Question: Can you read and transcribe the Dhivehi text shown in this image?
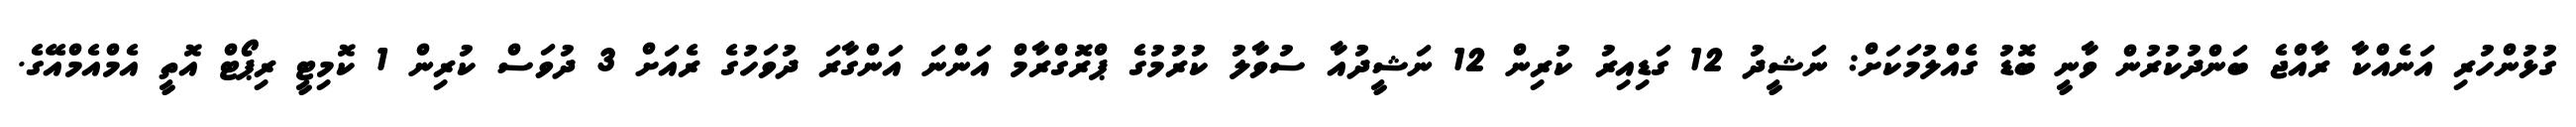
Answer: ގުޅުންހުރި އަނެއްކާ ރާއްޖެ ބަންދުކުރުން ވާނީ ބޮޑު ގެއްލުމަކަށް: ނަޝީދު 12 ގަޑިއިރު ކުރިން 12 ނަޝީދުއާ ސުވާލު ކުރުމުގެ ޕްރޮގްރާމް އަންނަ އަންގާރަ ދުވަހުގެ ރެއަށް 3 ދުވަސް ކުރިން 1 ކޮމިޓީ ރިޕޯޓް އޮތީ އެމްއެމްއޭގެ.